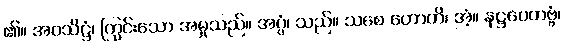
၏။ အဝသိဋ္ဌံ၊ ကြွင်းသော အမှုသည်။ အပ္ပံ၊ သည်။ သစေ ဟောတိ၊ အံ့။ နဋ္ဌပေတဗ္ဗံ၊